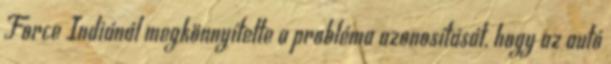
Force Indiánál megkönnyítette a probléma azonosítását, hogy az autó